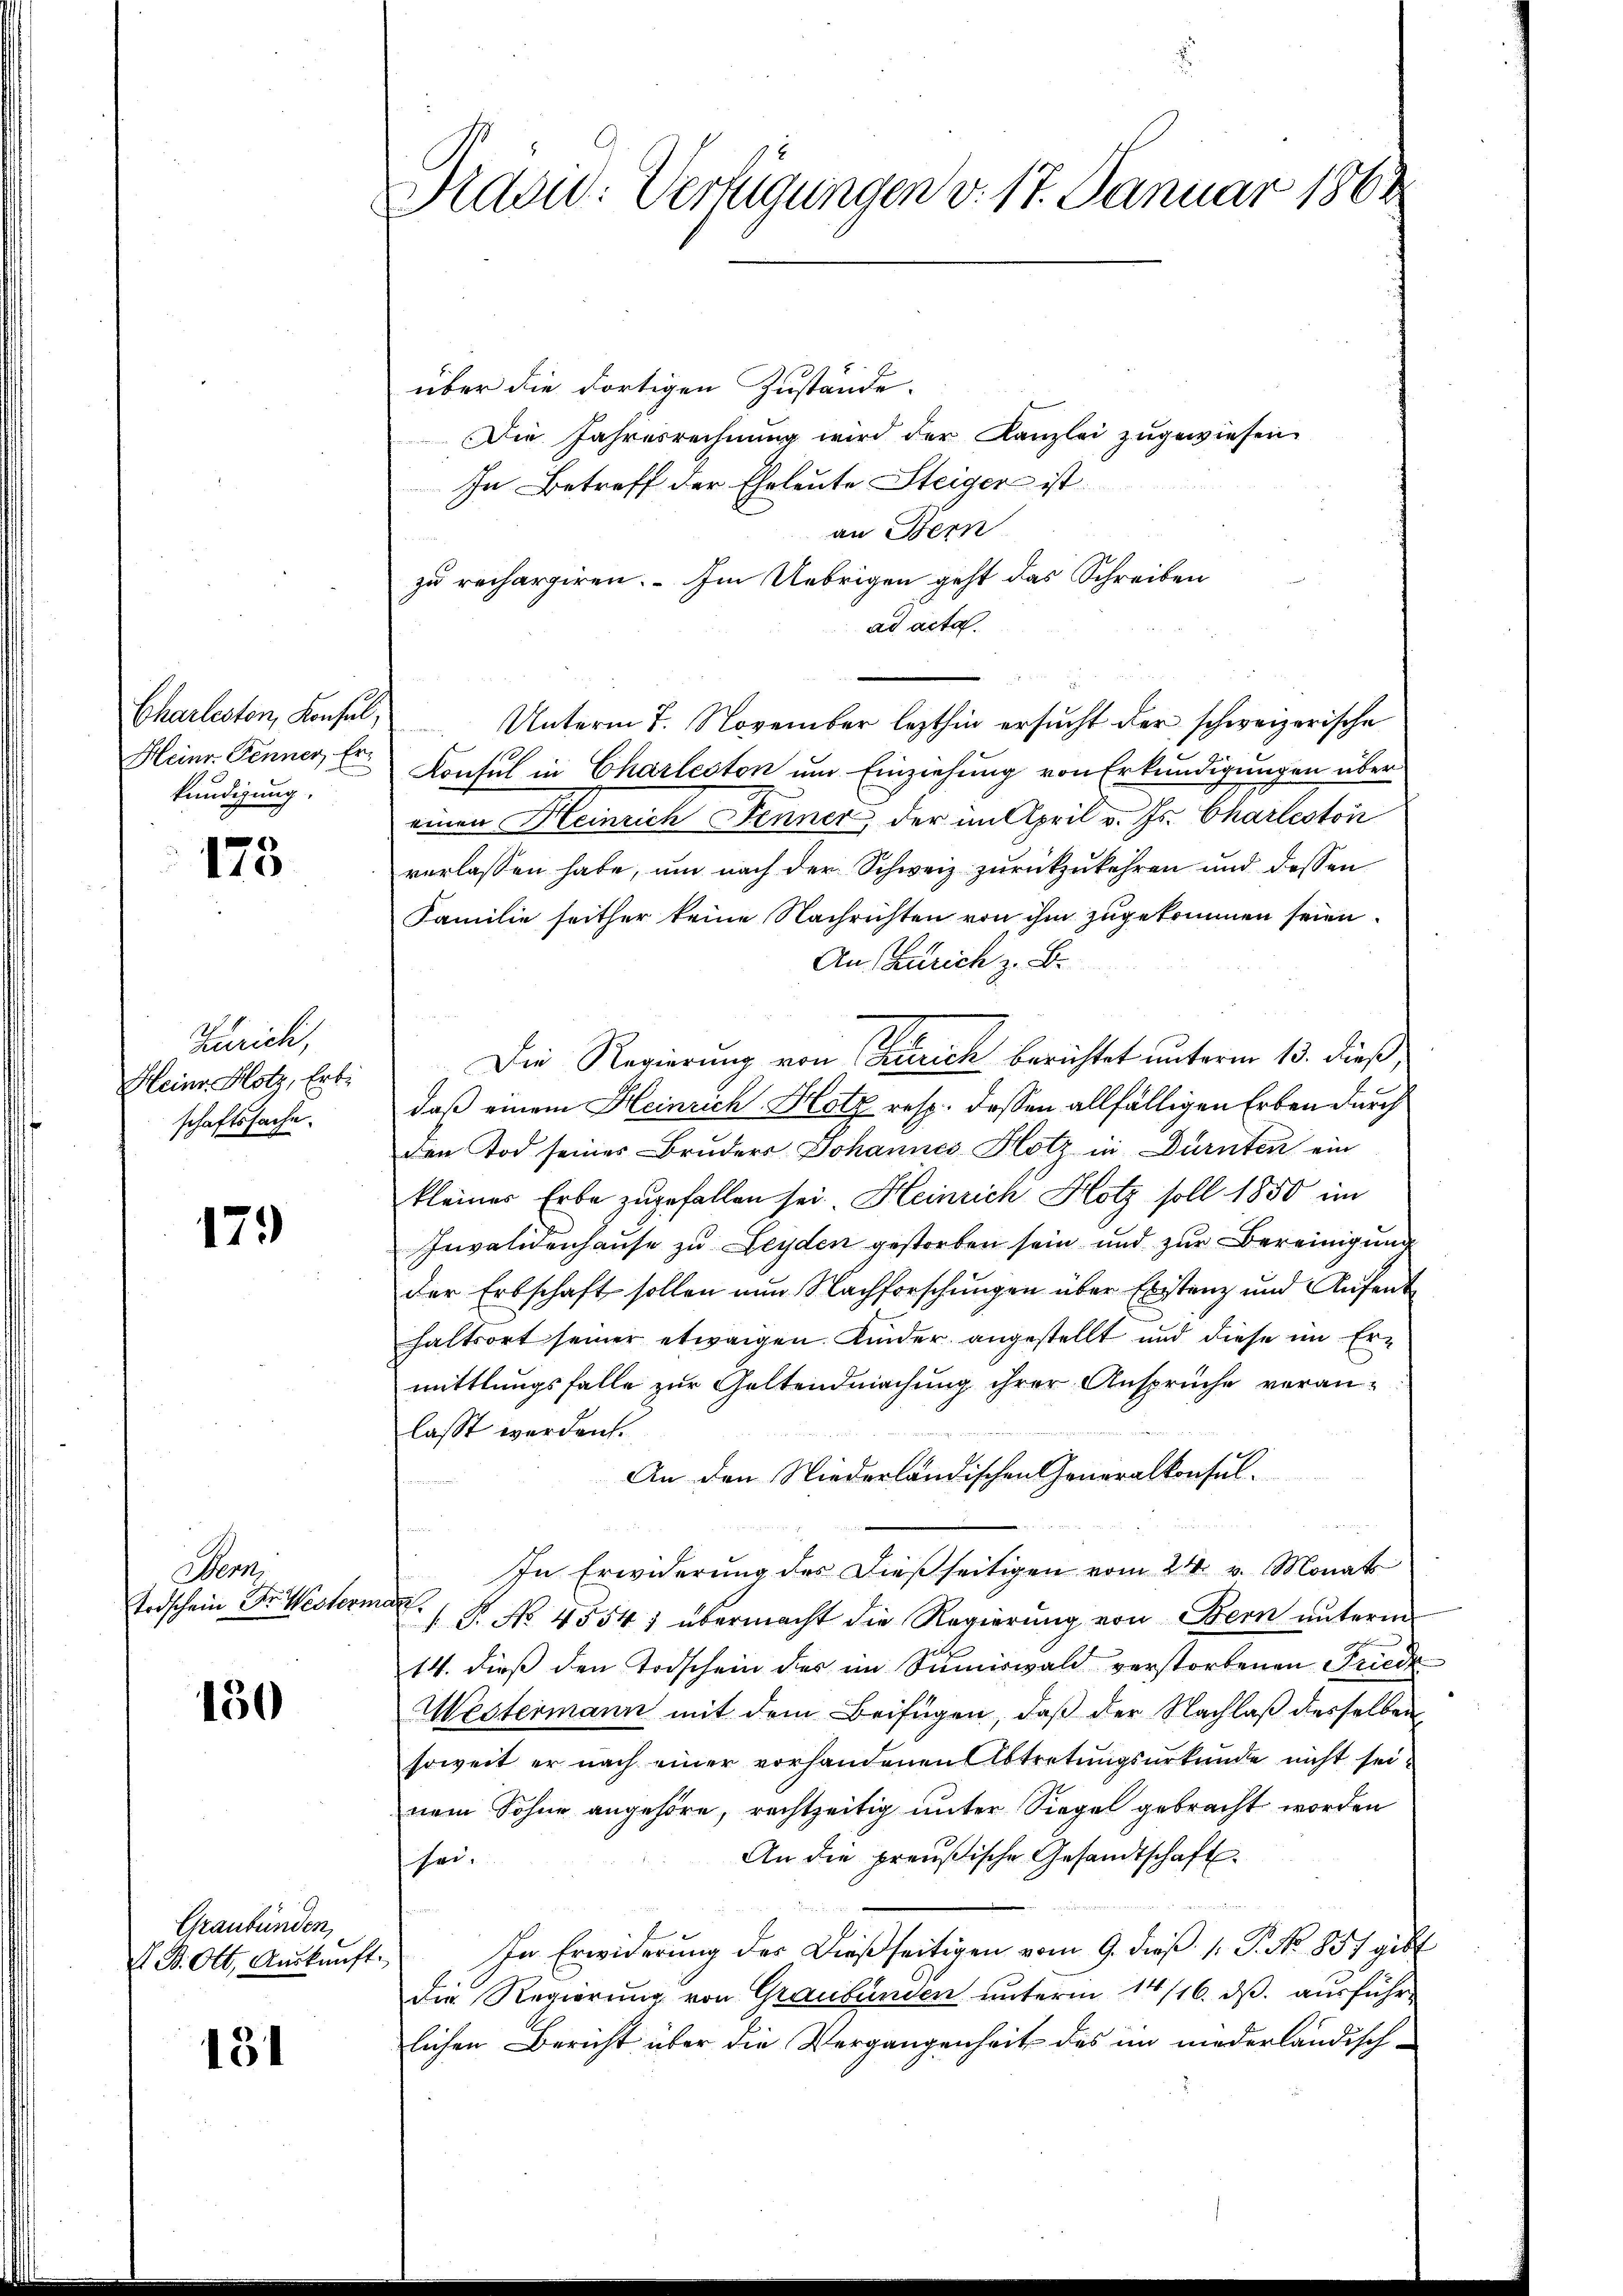
Heinr. Fenner, Erkündigung.

173

Zürich,
Heinr. Hotz, Erbe
schaftssache.

179

Wen
Todschein Dr. Western

130

Graubünden,
LB. Ott, Auskunft.

131

Nidau. Verfügungen v. 17. Januar 1862

über die dortigen Zustände.
Die Jahresrechnung wird der Kanzlei zugewiesen.
In Betreff der Eheleute Steiger ist
an Bern
zu rechargiren. – Im Uebrigen geht das Schreiben
ad acta.
Charlesten, Konsul, Unterm 7. November lezthin ersucht der schweizerische
Konsul in Charleston um Einziehung von Erkundigungen über
einen Heinrich Fenner der im April v. Js. Charleston
verlassen habe, um nach der Schweiz zurückzukehren und dessen
Familie seither keine Nachrichten von ihm zugekommen seien.
An Zürich z. B.
Die Regierung von Zürich berichtet unterm 13. dieß,
daß einem Heinrich Hotz resp. dessen allfälligen Erben durch
den Tod seines Bruders Johannes Hotz in Dürnten ein
kleiner Erbe zugefallen sei. Heinrich Hotz soll 1850 im
Invalidenhause zu Leyden gestorben sein und zur Bereinigung
der Erbschaft sollen nun Nachforschungen über Erstanz und Aufenthaltsort seiner etwaigen Kinder angestellt und diese im Ermittlungsfalle zur Goltendmachung ihrer Ansprüche veranlasst werden.
An den Niederländischen Generalkonsule
In Erwiderung des dießseitigen vom 24. v. Monat
nas
 P. No. 4554; übermacht die Regierung von Bern unterm
14. dieß den Todschein des im Summiswald verstorbenen Friede
Westermann mit dem Beifügen, daß der Nachlaß desselben
soweit er nach einer vorhandenen Abtretungsurkunde nicht seinem Sohne angehöre, rechtzeitig unter Siegel gebracht worden
An die preußische Gesandtschaft
sei-
In Erwiderung der Dießseitigen vom 9. dieβ (: P. Nr. 857 gibt
die Regierung von Graubünden unterm 14/16. ds. ausführ
lichen Bericht über die Vergangenheit des im niederländisch-